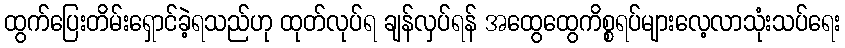
ထွက်ပြေးတိမ်းရှောင်ခဲ့ရသည်ဟု ထုတ်လုပ်ရ ချန်လှပ်ရန် အထွေထွေကိစ္စရပ်များလေ့လာသုံးသပ်ရေး